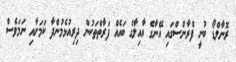
ރޮނާލްޑޯ ބުނީ ފްރާންސްގައި އޭނާގެ އާއިލާގެ ބައެއް ފަރާތްތަކުން ދިރިއުޅެމުންދާ ކަމަށާއި ނަމަވެސް